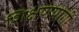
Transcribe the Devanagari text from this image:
शिक्षणयोगी